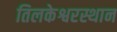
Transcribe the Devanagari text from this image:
तिलकेश्वरस्थान